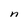
Character: n